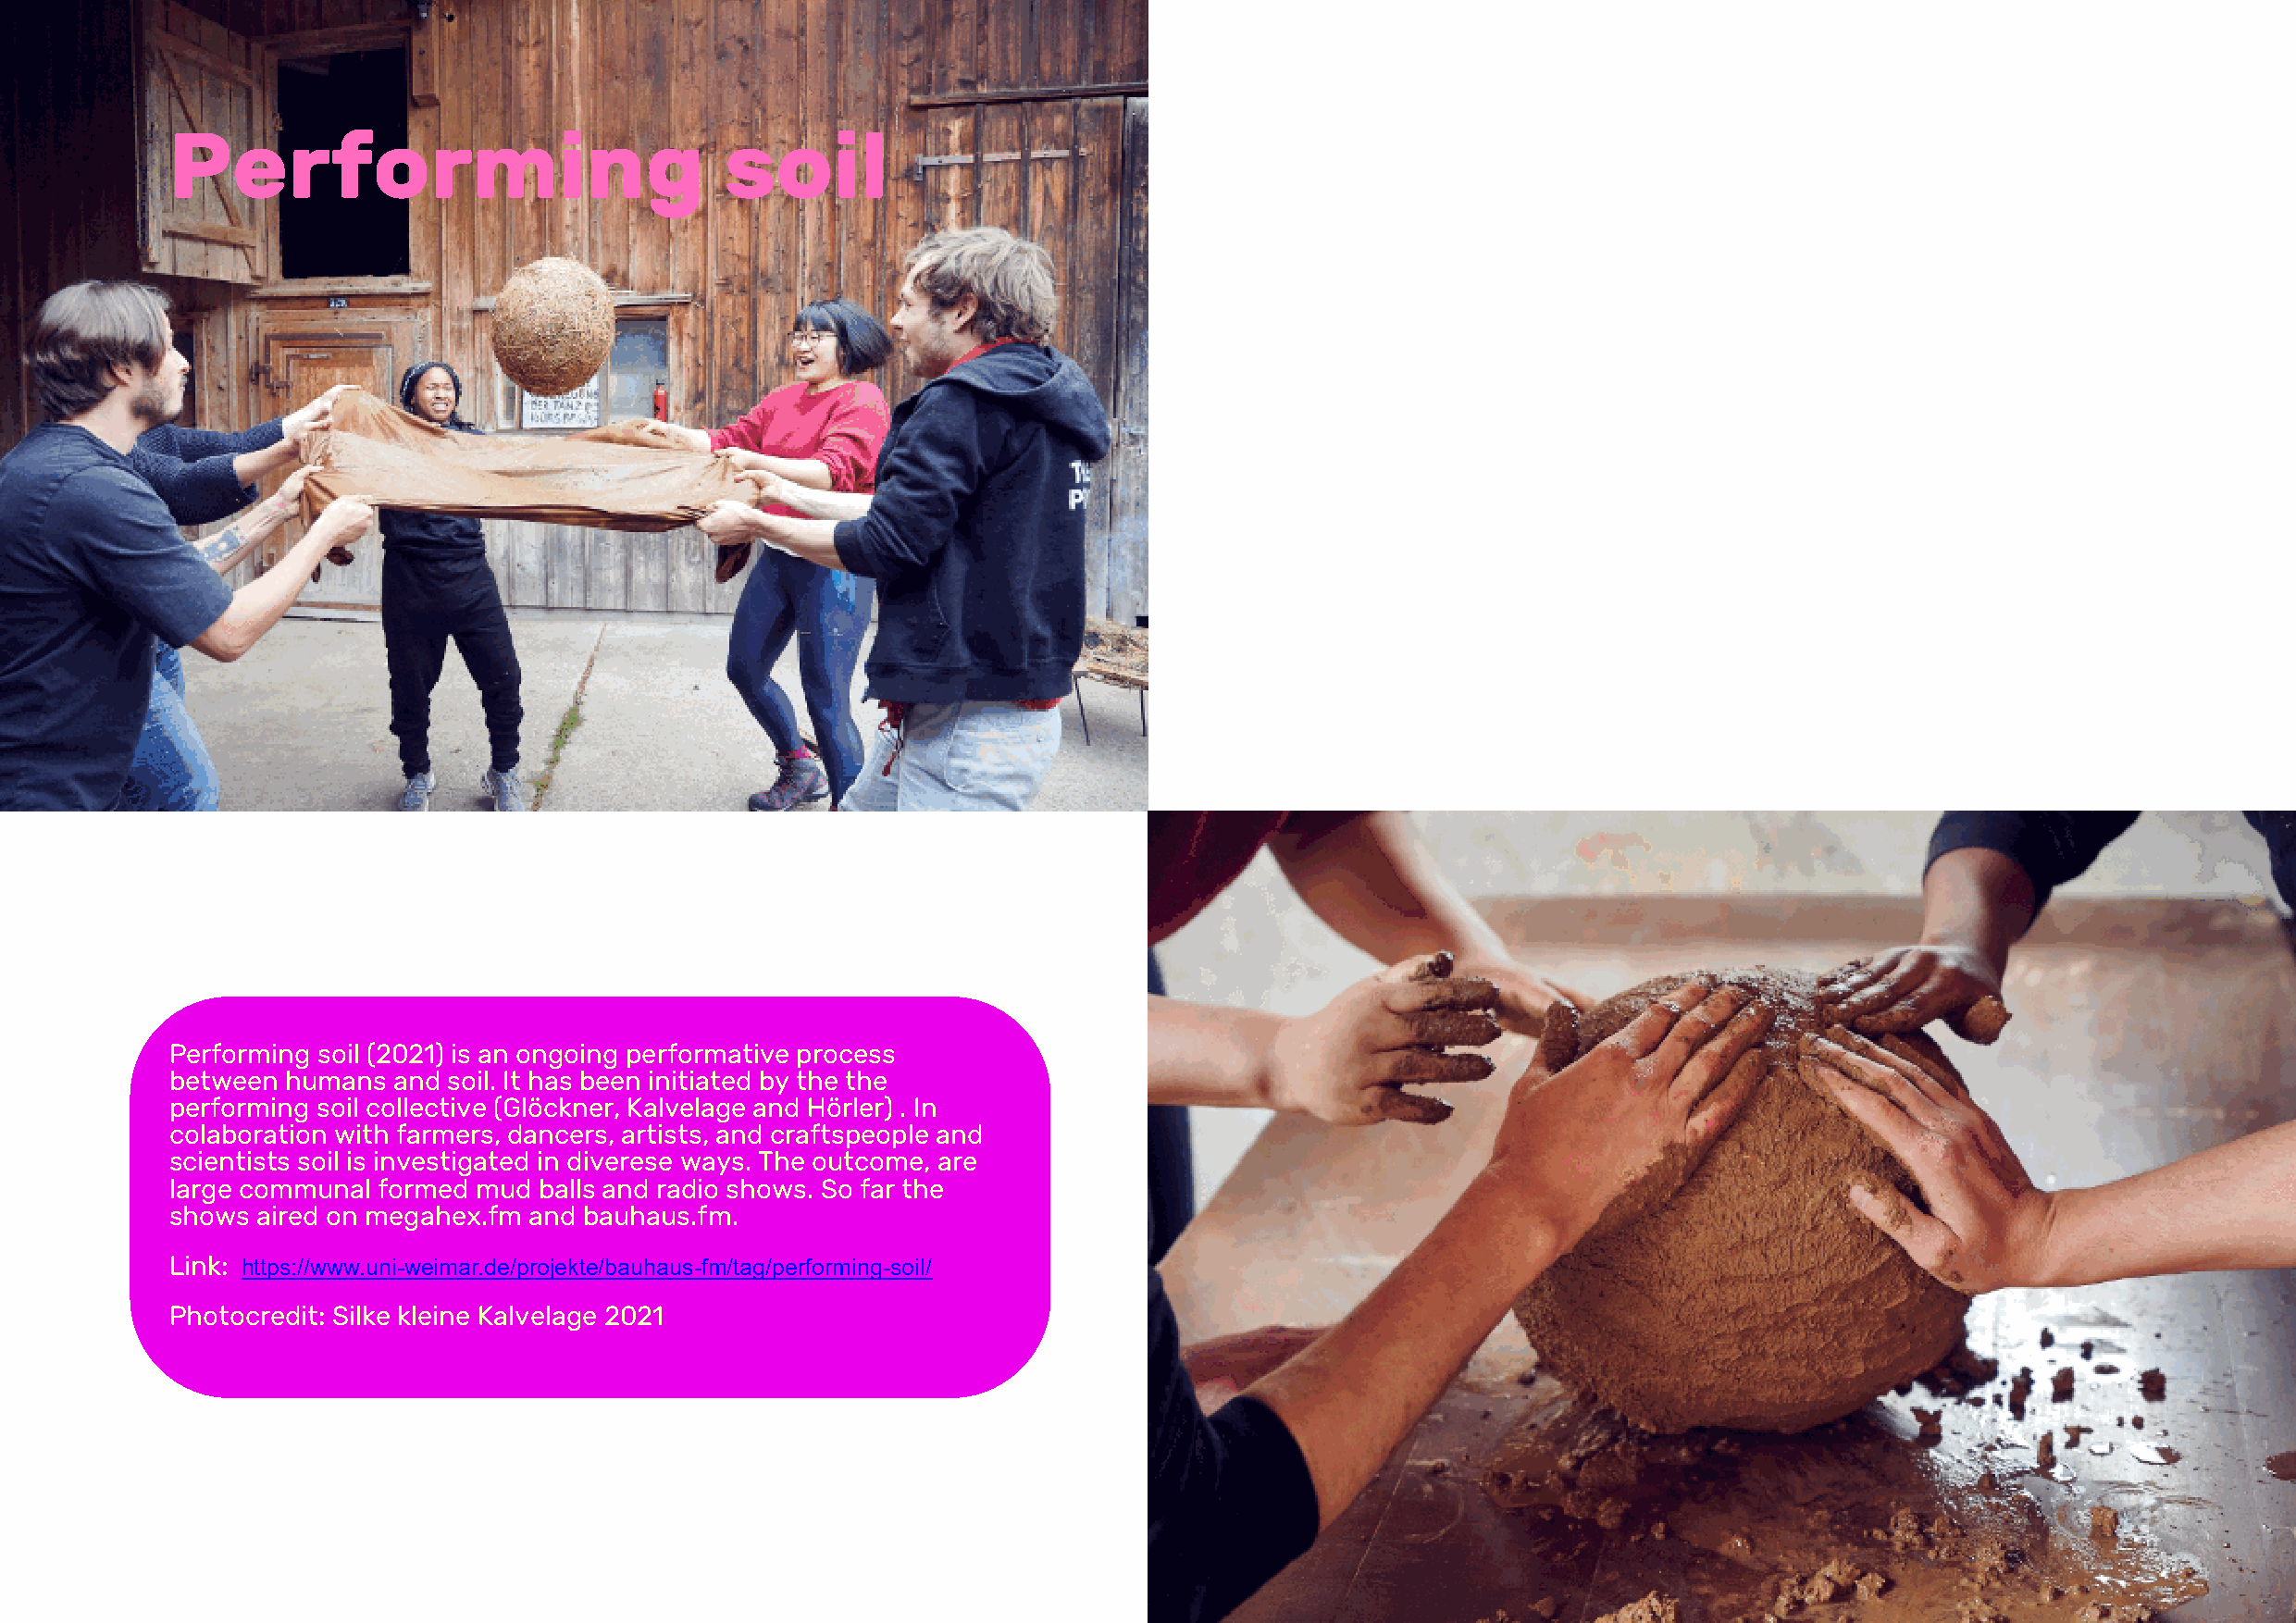
Performing                              soil
 Performing soil (2021) is an ongoing performative process
 between humans  and soil. It has been initiated by the the
 performing soil collective (Glöckner, Kalvelage and Hörler) . In
 colaboration with farmers, dancers, artists, and craftspeople and
 scientists soil is investigated in diverese ways. The outcome, are
 large communal formed mud  balls and radio shows. So far the
 shows aired on megahex.fm and bauhaus.fm.
 Link: https://www.uni-weimar.de/projekte/bauhaus-fm/tag/performing-soil/
 Photocredit: Silke kleine Kalvelage 2021